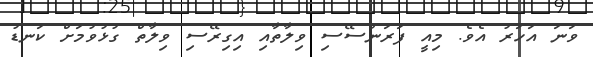
ވަނަ އަހަރު އެވެ. މިއީ ފަރަންސޭސި ވިލާތާއި އިގިރޭސި ވިލާތް ގުޅުވުމަށް ކަނޑު